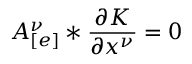
A _ { [ e ] } ^ { \nu } * \frac { \partial K } { \partial x ^ { \nu } } = 0